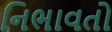
નિભાવતો